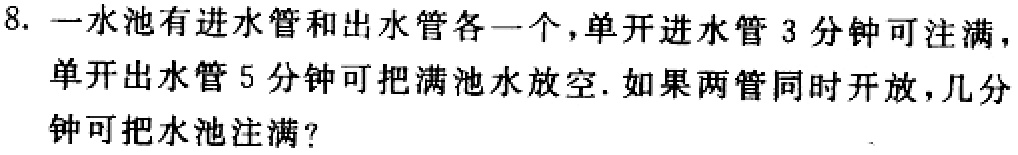
8. 一水池有进水管和出水管各一个，单开进水管 3 分钟可注满，单开出水管 5 分钟可把满池水放空. 如果两管同时开放，几分钟可把水池注满？